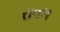
રાવળ